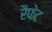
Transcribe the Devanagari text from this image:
रैफेट